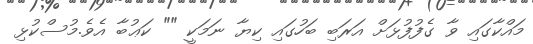
މައްކާގައި ވާ ގެފުފުޅަށް އަރަބި ބަހުގައި ކިޔާ ނަމަކީ "" ކަޢުބާ އެވެ.މުސްކުޅި